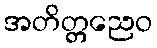
အတိတ္တညေဝ